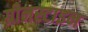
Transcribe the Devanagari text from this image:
ग्रीनस्टाइन